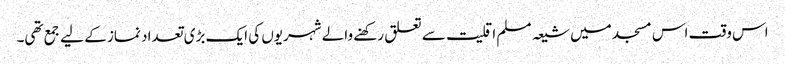
اس وقت اس مسجد میں شیعہ مسلم اقلیت سے تعلق رکھنے والے شہریوں کی ایک بڑی تعداد نماز کے لیے جمع تھی۔